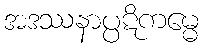
အဒဿနာပ္ပဋိကမ္မေ